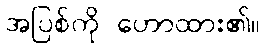
အပြစ်ကို ဟောထား၏။